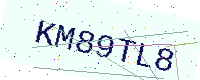
Text: KM89TL8